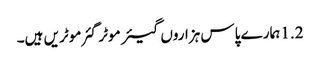
1.2 ہمارے پاس ہزاروں گیئر موٹر گئر موٹریں ہیں۔